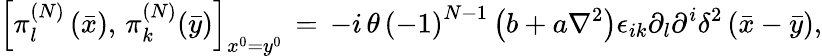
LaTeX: \left[\pi_{l}^{\left(N\right)}\left(\bar{x}\right),\, \pi_{k}^{\left(N\right)}(\bar{y})\right]_{x^{0}=y^{0}}\, =\, -i\, \theta\, \left(-1\right)^{N-1}\left(b+a\nabla^{2}\right)\epsilon_{ik}\partial_{l}\partial^{i}\delta^{2}\left(\bar{x}-\bar{y}\right),